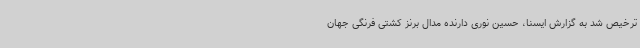
ترخیص شد به گزارش ایسنا، حسین نوری دارنده مدال برنز کشتی فرنگی جهان